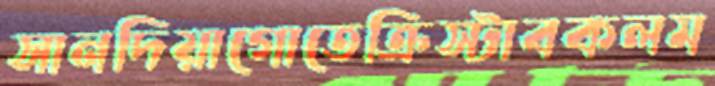
সানদিয়াগোতেক্রিস্টাবকলম